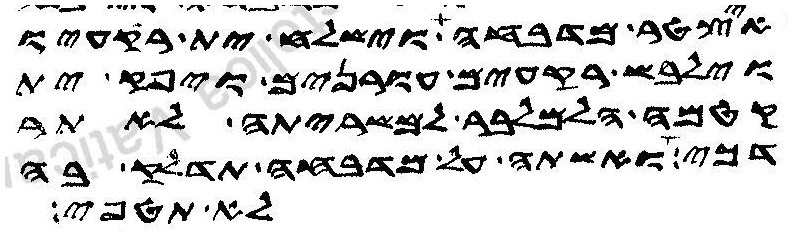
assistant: איצטר מדבחה וישלח ית רקעיו
וילבש רקעים עורנים ויפק ית
קטמה הלמלבר למשריתה לאתר
דכי ואשתה על מדבחה תדלק בה
לא תטפי